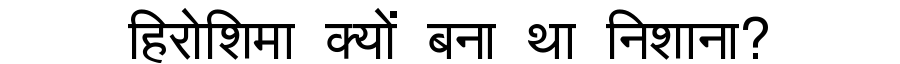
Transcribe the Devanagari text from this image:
हिरोशिमा क्यों बना था निशाना?